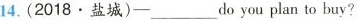
14. (2018 · 盐城)—___do you plan to buy?